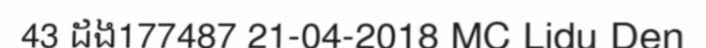
43 ដង177487 21-04-2018 MC Lidu Den